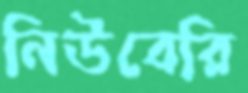
নিউবেরি